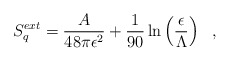
\begin{align*}S^{ext}_q={A\over 48\pi\epsilon^2}+{1\over 90}\ln\left(\frac{\epsilon}{\Lambda}\right)~~,\end{align*}